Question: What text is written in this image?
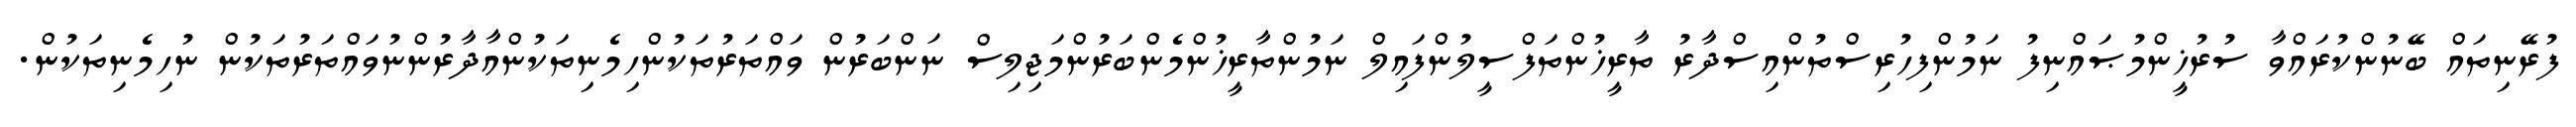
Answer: ފުރޭނިތައް ބޭނުންކުރައްވާ ސުރުޚީންމުޞައްނިފު ނަމުންފިހުރިސްތުންއިސްދާރު ތާރީޚުންތަފްސީލުންފައިލް ނަމުންތާރީޚުންމެންބަރުންމަޖިލިސް ނަންބަރުން ވައްތަރުތަކުންހިމެނިތަކުންއާދާރުންނުވައްތަރުތަކުން ނުހިމެނިތަކުން.